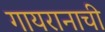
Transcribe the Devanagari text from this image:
गायरानाची